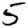
Digit: 5